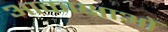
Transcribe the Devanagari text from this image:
आकाक्षाओं